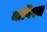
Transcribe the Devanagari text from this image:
मागिरज